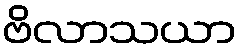
ဗိလာသယာ